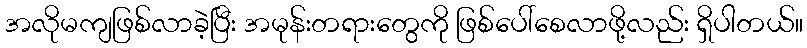
အလိုမကျဖြစ်လာခဲ့ပြီး အမုန်းတရားတွေကို ဖြစ်ပေါ်စေလာဖို့လည်း ရှိပါတယ်။